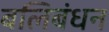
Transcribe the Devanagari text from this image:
बलिबंधन